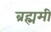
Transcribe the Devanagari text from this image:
ब्रह्ममी